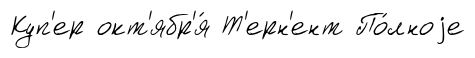
Куп'ер окт'ябр'я́ Т'ерн'ент По́лноjе